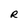
Character: R